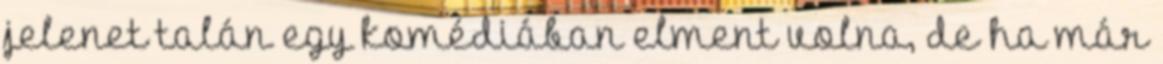
jelenet talán egy komédiában elment volna, de ha már